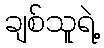
ချစ်သူရဲ့